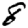
Digit: 8